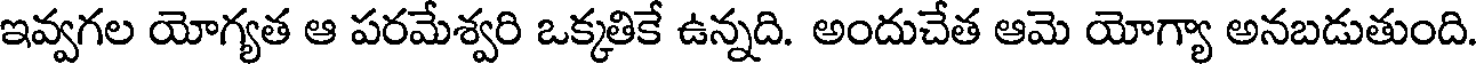
ఇవ్వగల యోగ్యత ఆ పరమేశ్వరి ఒక్కతికే ఉన్నది. అందుచేత ఆమె యోగ్యా అనబడుతుంది